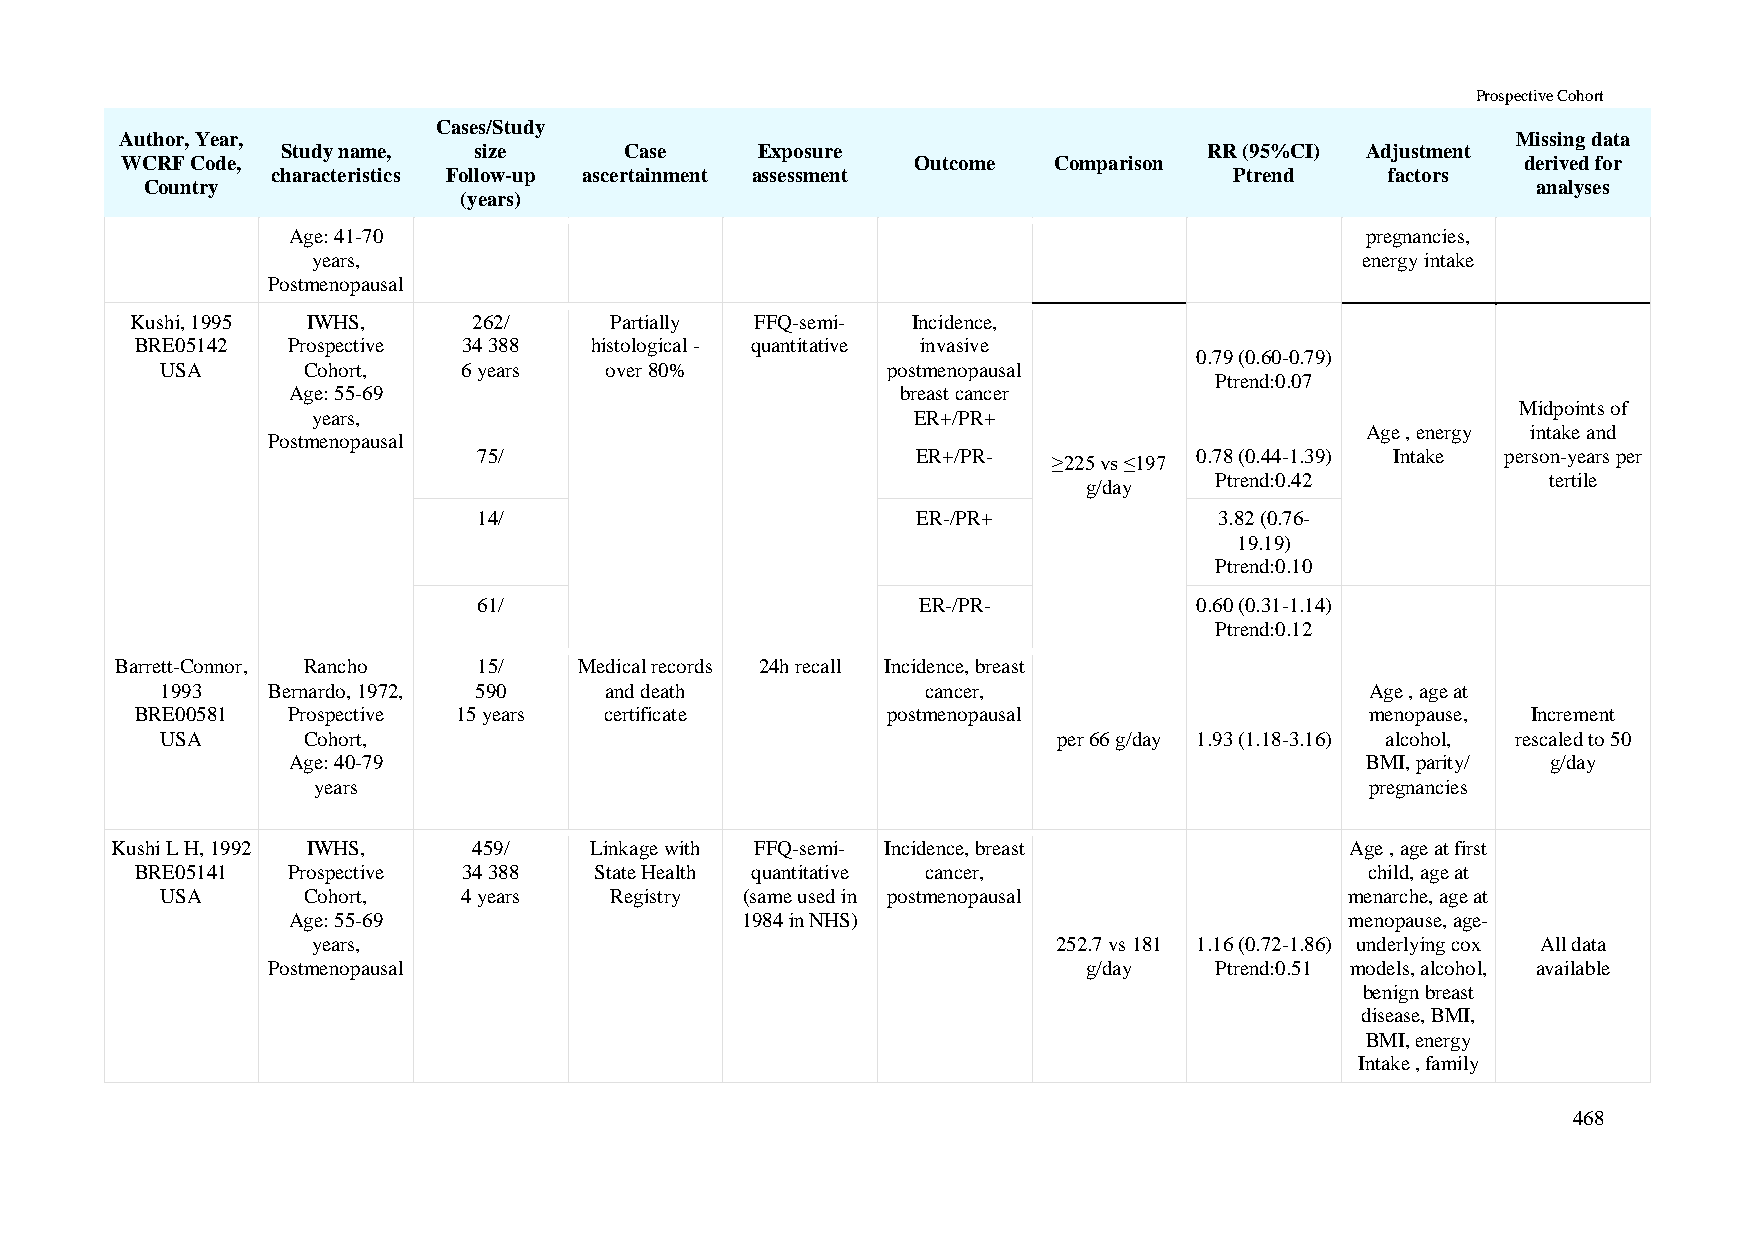
Prospective Cohort
 Cases/Study
 Author, Year,                                                                               Missing data
 Study name, size      Case     Exposure                      RR (95%CI) Adjustment
 WCRF Code,                                           Outcome  Comparison                     derived for
 characteristics Follow-up ascertainment assessment              Ptrend    factors
 Country                                                                                     analyses
 (years)
 Age: 41-70                                                             pregnancies,
 years,                                                               energy intake
 Postmenopausal
 Kushi, 1995 IWHS,     262/     Partially FFQ-semi- Incidence,
 BRE05142  Prospective 34 388  histological - quantitative invasive
 0.79 (0.60-0.79)
 USA      Cohort,    6 years  over 80%           postmenopausal
 Ptrend:0.07
 Age: 55-69                               breast cancer
 Midpoints of
 years,                                  ER+/PR+
 Age , energy intake and
 Postmenopausal
 75/                          ER+/PR-           0.78 (0.44-1.39) Intake person-years per
 ≥225 vs ≤197
 Ptrend:0.42            tertile
 g/day
 14/                          ER-/PR+             3.82 (0.76-
 19.19)
 Ptrend:0.10
 61/                          ER-/PR-           0.60 (0.31-1.14)
 Ptrend:0.12
 Barrett-Connor, Rancho  15/   Medical records 24h recall Incidence, breast
 1993   Bernardo, 1972, 590   and death            cancer,                       Age , age at
 BRE00581  Prospective 15 years certificate        postmenopausal                  menopause, Increment
 USA      Cohort,                                           per 66 g/day 1.93 (1.18-3.16) alcohol, rescaled to 50
 Age: 40-79                                                             BMI, parity/ g/day
 years                                                                 pregnancies
 Kushi L H, 1992 IWHS,   459/    Linkage with FFQ-semi- Incidence, breast          Age , age at first
 BRE05141  Prospective 34 388  State Health quantitative cancer,                   child, age at
 USA      Cohort,    4 years  Registry (same used in postmenopausal            menarche, age at
 Age: 55-69                    1984 in NHS)                            menopause, age-
 years,                                           252.7 vs 181 1.16 (0.72-1.86) underlying cox All data
 Postmenopausal                                        g/day   Ptrend:0.51 models, alcohol, available
 benign breast
 disease, BMI,
 BMI, energy
 Intake , family
 468